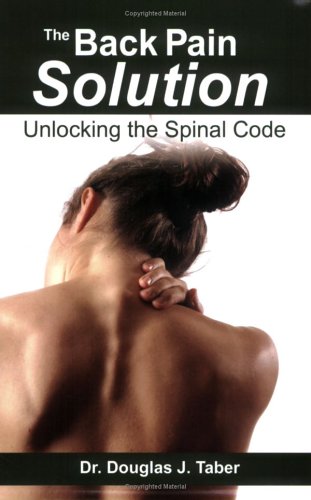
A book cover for The Back Pain Solution:  Unlocking the Spinal Code; Dr. Douglas J. Taber; Health, Fitness & Dieting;